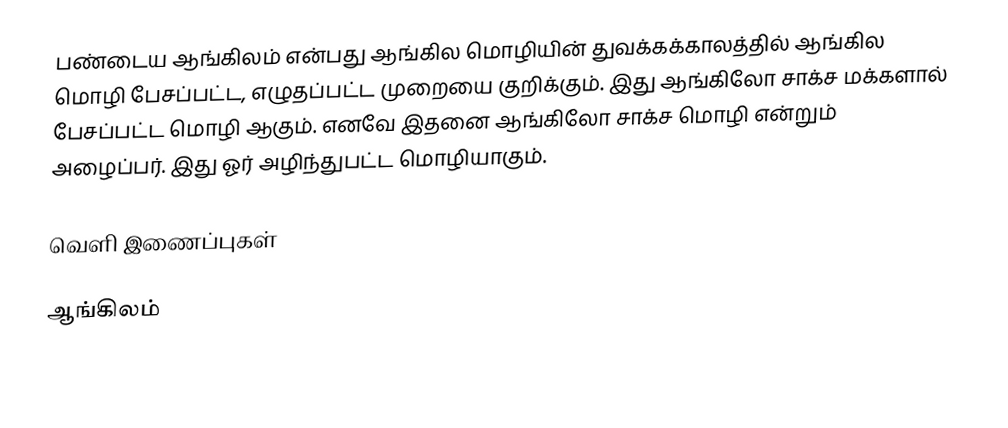
பண்டைய ஆங்கிலம் என்பது ஆங்கில மொழியின் துவக்கக்காலத்தில் ஆங்கில மொழி பேசப்பட்ட, எழுதப்பட்ட முறையை குறிக்கும். இது ஆங்கிலோ சாக்ச மக்களால் பேசப்பட்ட மொழி ஆகும். எனவே இதனை ஆங்கிலோ சாக்ச மொழி என்றும் அழைப்பர். இது ஓர் அழிந்துபட்ட மொழியாகும்.

வெளி இணைப்புகள்

ஆங்கிலம்